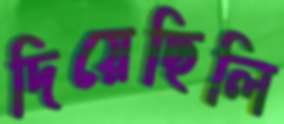
দিয়েছিলি